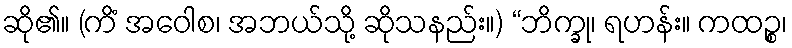
ဆို၏။ (ကိံ အဝေါစ၊ အဘယ်သို့ ဆိုသနည်း။) “ဘိက္ခု၊ ရဟန်း။ ကထဉ္စ၊